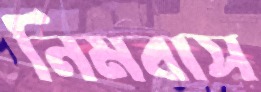
নিমবাস